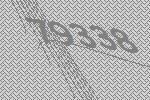
79338